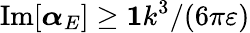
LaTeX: \mathrm{Im}[\boldsymbol{\alpha}_{E}]\geq\boldsymbol{1}k^{3}/(6\pi\varepsilon)